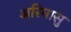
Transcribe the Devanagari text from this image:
अरिमासु